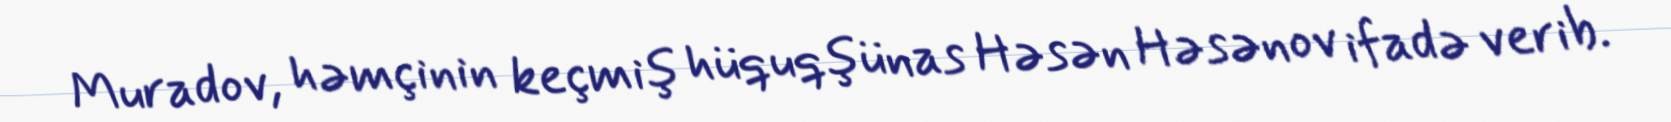
Muradov, həmçinin keçmiş hüquqşünas Həsən Həsənov ifadə verib.